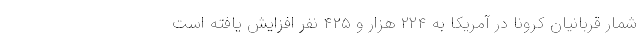
شمار قربانیان کرونا در آمریکا به ۲۲۴ هزار و ۴۲۵ نفر افزایش یافته است